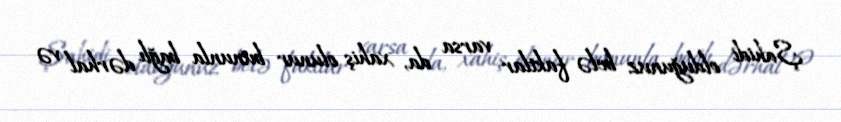
Şahidi olduğunuz belə faktlar varsa da, xahiş olunur bununla bağlı dərhal və